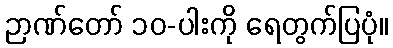
ဉာဏ်တော် ၁၀-ပါးကို ရေတွက်ပြပုံ။